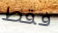
فقط